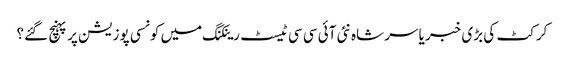
کرکٹ کی بڑی خبر یاسر شاہ نئی آئی سی سی ٹیسٹ رینکنگ میں کونسی پوزیشن پر پہنچ گئے؟